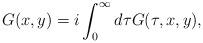
LaTeX: \begin{align*}G(x,y)=i \int_0^\infty d\tau G(\tau,x,y),\end{align*}